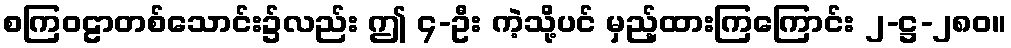
စကြဝဠာတစ်သောင်း၌လည်း ဤ ၄-ဦး ကဲ့သို့ပင် မှည့်ထားကြကြောင်း ၂-ဋ္ဌ-၂၈၀။